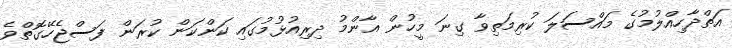
އަތްދާހިއްލުމުގެ މައްސަލަ ކުރިމަތިވާ ގިނަ މީހުން އާންމު ދިރިއުޅުމުގައި ކަންކަން ކުރަން ފަސްޖެހޭގޮތްވެ